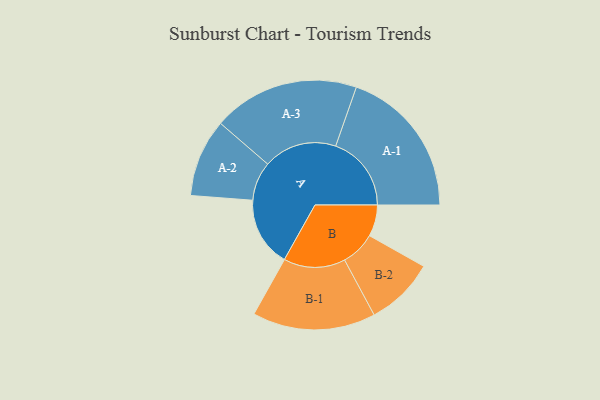
{"axis": {"x": "Segment", "y": "Value"}, "legend": ["", "A", "B"], "data": [{"x": "A", "y": 268, "type": ""}, {"x": "B", "y": 121, "type": ""}, {"x": "A-1", "y": 291, "type": "A"}, {"x": "A-2", "y": 150, "type": "A"}, {"x": "A-3", "y": 282, "type": "A"}, {"x": "B-1", "y": 237, "type": "B"}, {"x": "B-2", "y": 133, "type": "B"}]}